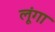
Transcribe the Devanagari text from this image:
लूूंगा